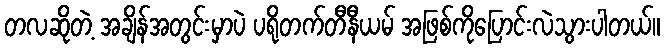
တလဆိုတဲ့ အချိန်အတွင်းမှာပဲ ပရိုတက်တီနီယမ် အဖြစ်ကိုပြောင်းလဲသွားပါတယ်။